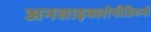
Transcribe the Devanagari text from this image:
अनसाइक्लोपीडियनों